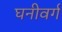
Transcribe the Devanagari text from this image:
घनीवर्ग